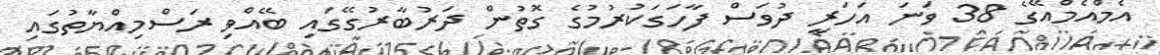
އެމްއެމްއޭގެ 38 ވަނަ އަހަރީ ދުވަސް ފާހަގަކުރުމުގެ ގޮތުން ދަރުބާރުގޭގައި ބޭއްވި ރަސްމިއްޔާތުގައި